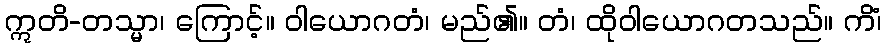
ဣတိ-တသ္မာ၊ ကြောင့်။ ဝါယောဂတံ၊ မည်၏။ တံ၊ ထိုဝါယောဂတသည်။ ကိံ၊